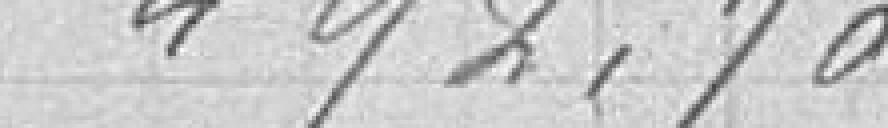
492,70